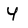
Character: Y